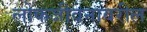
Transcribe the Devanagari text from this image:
लोकजीवनावरील